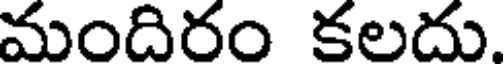
మందిరం కలదు.